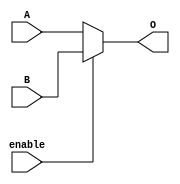
module mux_2_to_1_5(
    input [4:0] A,B,
    input enable,
    output reg[4:0] O
);
    always @* begin
        if (enable) O <= B;
        else O <= A;
    end
endmodule